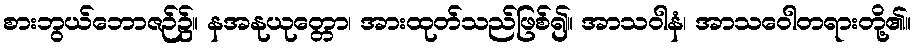
စားဘွယ်ဘောဇဉ်၌။ နအနုယုတ္တော၊ အားထုတ်သည်ဖြစ်၍။ အာသဝါနံ၊ အာသဝေါတရားတို့၏။